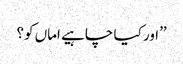
’’اور کیا چاہیے اماں کو؟